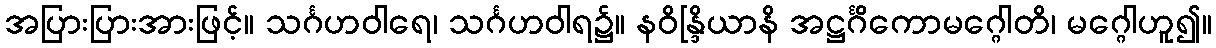
အပြားပြားအားဖြင့်။ သင်္ဂဟဝါရေ၊ သင်္ဂဟဝါရ၌။ နဝိန္ဒြိယာနိ အဋ္ဌင်္ဂိကောမဂ္ဂေါတိ၊ မဂ္ဂေါဟူ၍။